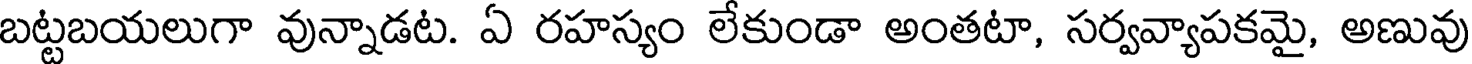
బట్టబయలుగా వున్నాడట. ఏ రహస్యం లేకుండా అంతటా, సర్వవ్యాపకమై, అణువు